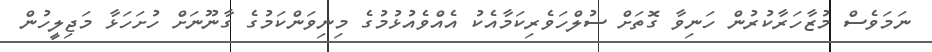
ނަމަވެސް މުޒާހަރާކުރުން ހަނިވާ ގޮތަށް ސުލްހަވެރިކަމާއެކު އެއްވެއުޅުމުގެ މިނިވަންކަމުގެ ގާނޫނަށް ހުށަހަޅާ މަޖިލީހުން